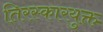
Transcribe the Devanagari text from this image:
तिरस्कारयुक्त